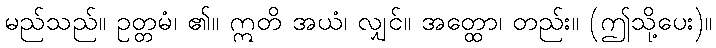
မည်သည်။ ဥတ္တမံ၊ ၏။ ဣတိ အယံ၊ လျှင်။ အတ္ထော၊ တည်း။ (ဤသို့ပေး)။